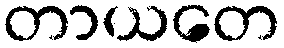
တာယတေ